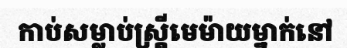
កាប់សម្លាប់ស្ត្រីមេម៉ាយម្នាក់នៅ